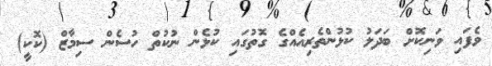
ވެފައި ވަނިކޮށް ބަދަލު ކުޅުންތެރިއެއްގެ ގޮތުގައި ކުޅެން ނުކުތް ހުސެން ސިމާޒް (ކޮކީ)